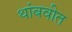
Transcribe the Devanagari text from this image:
थांबवीत